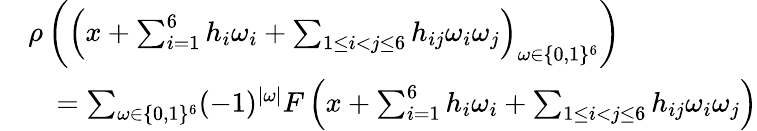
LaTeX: \begin{array}{rl}&{\rho\left(\left(x+\sum_{i=1}^{6}h_{i}\omega_{i}+\sum_{1\leq i<j\leq 6}h_{ij}\omega_{i}\omega_{j}\right)_{\omega\in\{ 0,1\} ^{6}}\right)}\\ &{\quad=\sum_{\omega\in\{ 0,1\} ^{6}}(-1)^{|\omega|}F\left(x+\sum_{i=1}^{6}h_{i}\omega_{i}+\sum_{1\leq i<j\leq 6}h_{ij}\omega_{i}\omega_{j}\right)}\end{array}